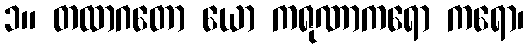
၁။ တထာဂတော ယော ကရုဏာကရော ကရော၊